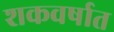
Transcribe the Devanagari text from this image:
शकवर्षात